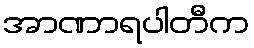
အာဏာရပါတီက